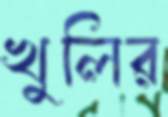
খুলির